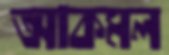
আকমল